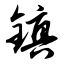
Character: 镇